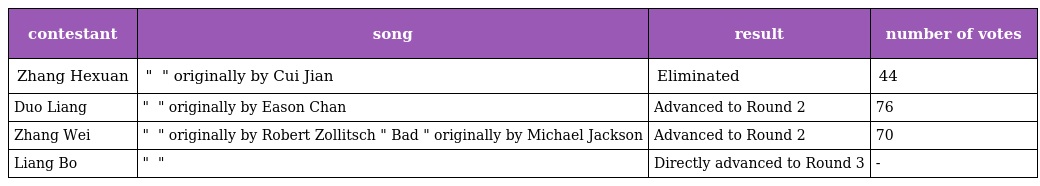
| contestant | song | result | number of votes |
 | --- | --- | --- | --- |
 | Zhang Hexuan | " 假行僧 " originally by Cui Jian | Eliminated | 44 |
 | Duo Liang | " 你的背包 " originally by Eason Chan | Advanced to Round 2 | 76 |
 | Zhang Wei | " 忐忑 " originally by Robert Zollitsch " Bad " originally by Michael Jackson | Advanced to Round 2 | 70 |
 | Liang Bo | " 私奔 " | Directly advanced to Round 3 | - |